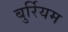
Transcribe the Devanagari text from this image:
बुर्रियम